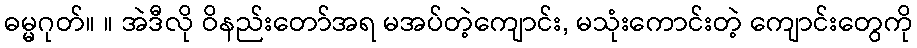
ဓမ္မဂုတ်။ ။ အဲဒီလို ဝိနည်းတော်အရ မအပ်တဲ့ကျောင်း, မသုံးကောင်းတဲ့ ကျောင်းတွေကို